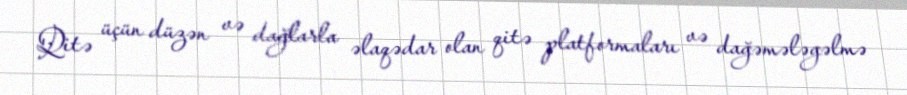
Qitə üçün düzən və dağlarla əlaqədar olan qitə platformaları və dağəmələgəlmə